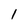
Character: 1